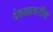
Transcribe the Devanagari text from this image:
देवळावरील